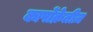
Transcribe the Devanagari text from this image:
कार्पोक्रेतीज़